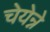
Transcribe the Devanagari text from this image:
चेयेन्ने